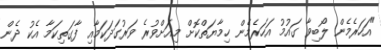
"އަހަރެމެން ލޯބިވާ ގައުމު އަހަރެމެން ހިމާޔަތްކޮށް މިއަށްވުރެ ވަރުގަދަކަމާއި ފާގަތިކަމާ އެކު ދެން